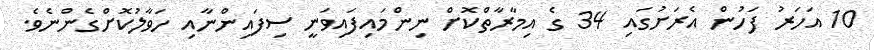
10 އަހަރު ފަހުން އެރަށުގައި 34 ގެ އިމާރާތްކޮށް ނިންމައިފައިވަނީ ސިފައިންނާއި ހަވާލުކޮށްގެންނެވެ.